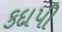
કદાપી